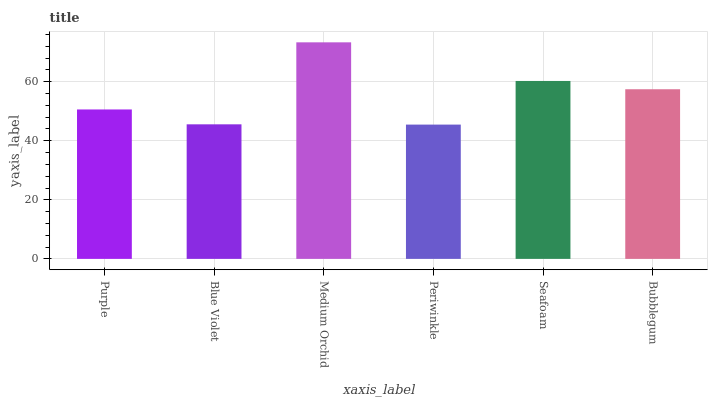
| xaxis_label | bars |
 | --- | --- |
 | Purple | 50.6 |
 | Blue Violet | 45.6 |
 | Medium Orchid | 73.4 |
 | Periwinkle | 45.5 |
 | Seafoam | 60.3 |
 | Bubblegum | 57.5 |